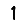
Digit: 1